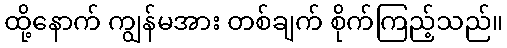
ထို့နောက် ကျွန်မအား တစ်ချက် စိုက်ကြည့်သည်။